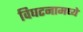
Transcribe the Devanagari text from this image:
विघटनामध्ये